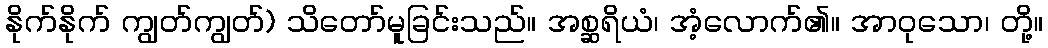
နိုက်နိုက် ကျွတ်ကျွတ်) သိတော်မူခြင်းသည်။ အစ္ဆရိယံ၊ အံ့လောက်၏။ အာဝုသော၊ တို့။